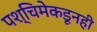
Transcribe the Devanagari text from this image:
पश्चिमेकडूनही